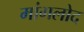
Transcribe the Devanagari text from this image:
मांगलोद